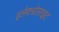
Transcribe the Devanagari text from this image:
इलेक्त्रोलाइट